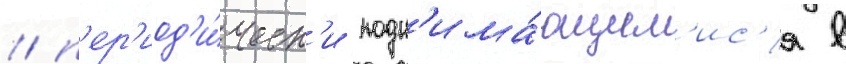
/ п'ер'иод'и́ческ'и подн'има́ющим'ис'я в